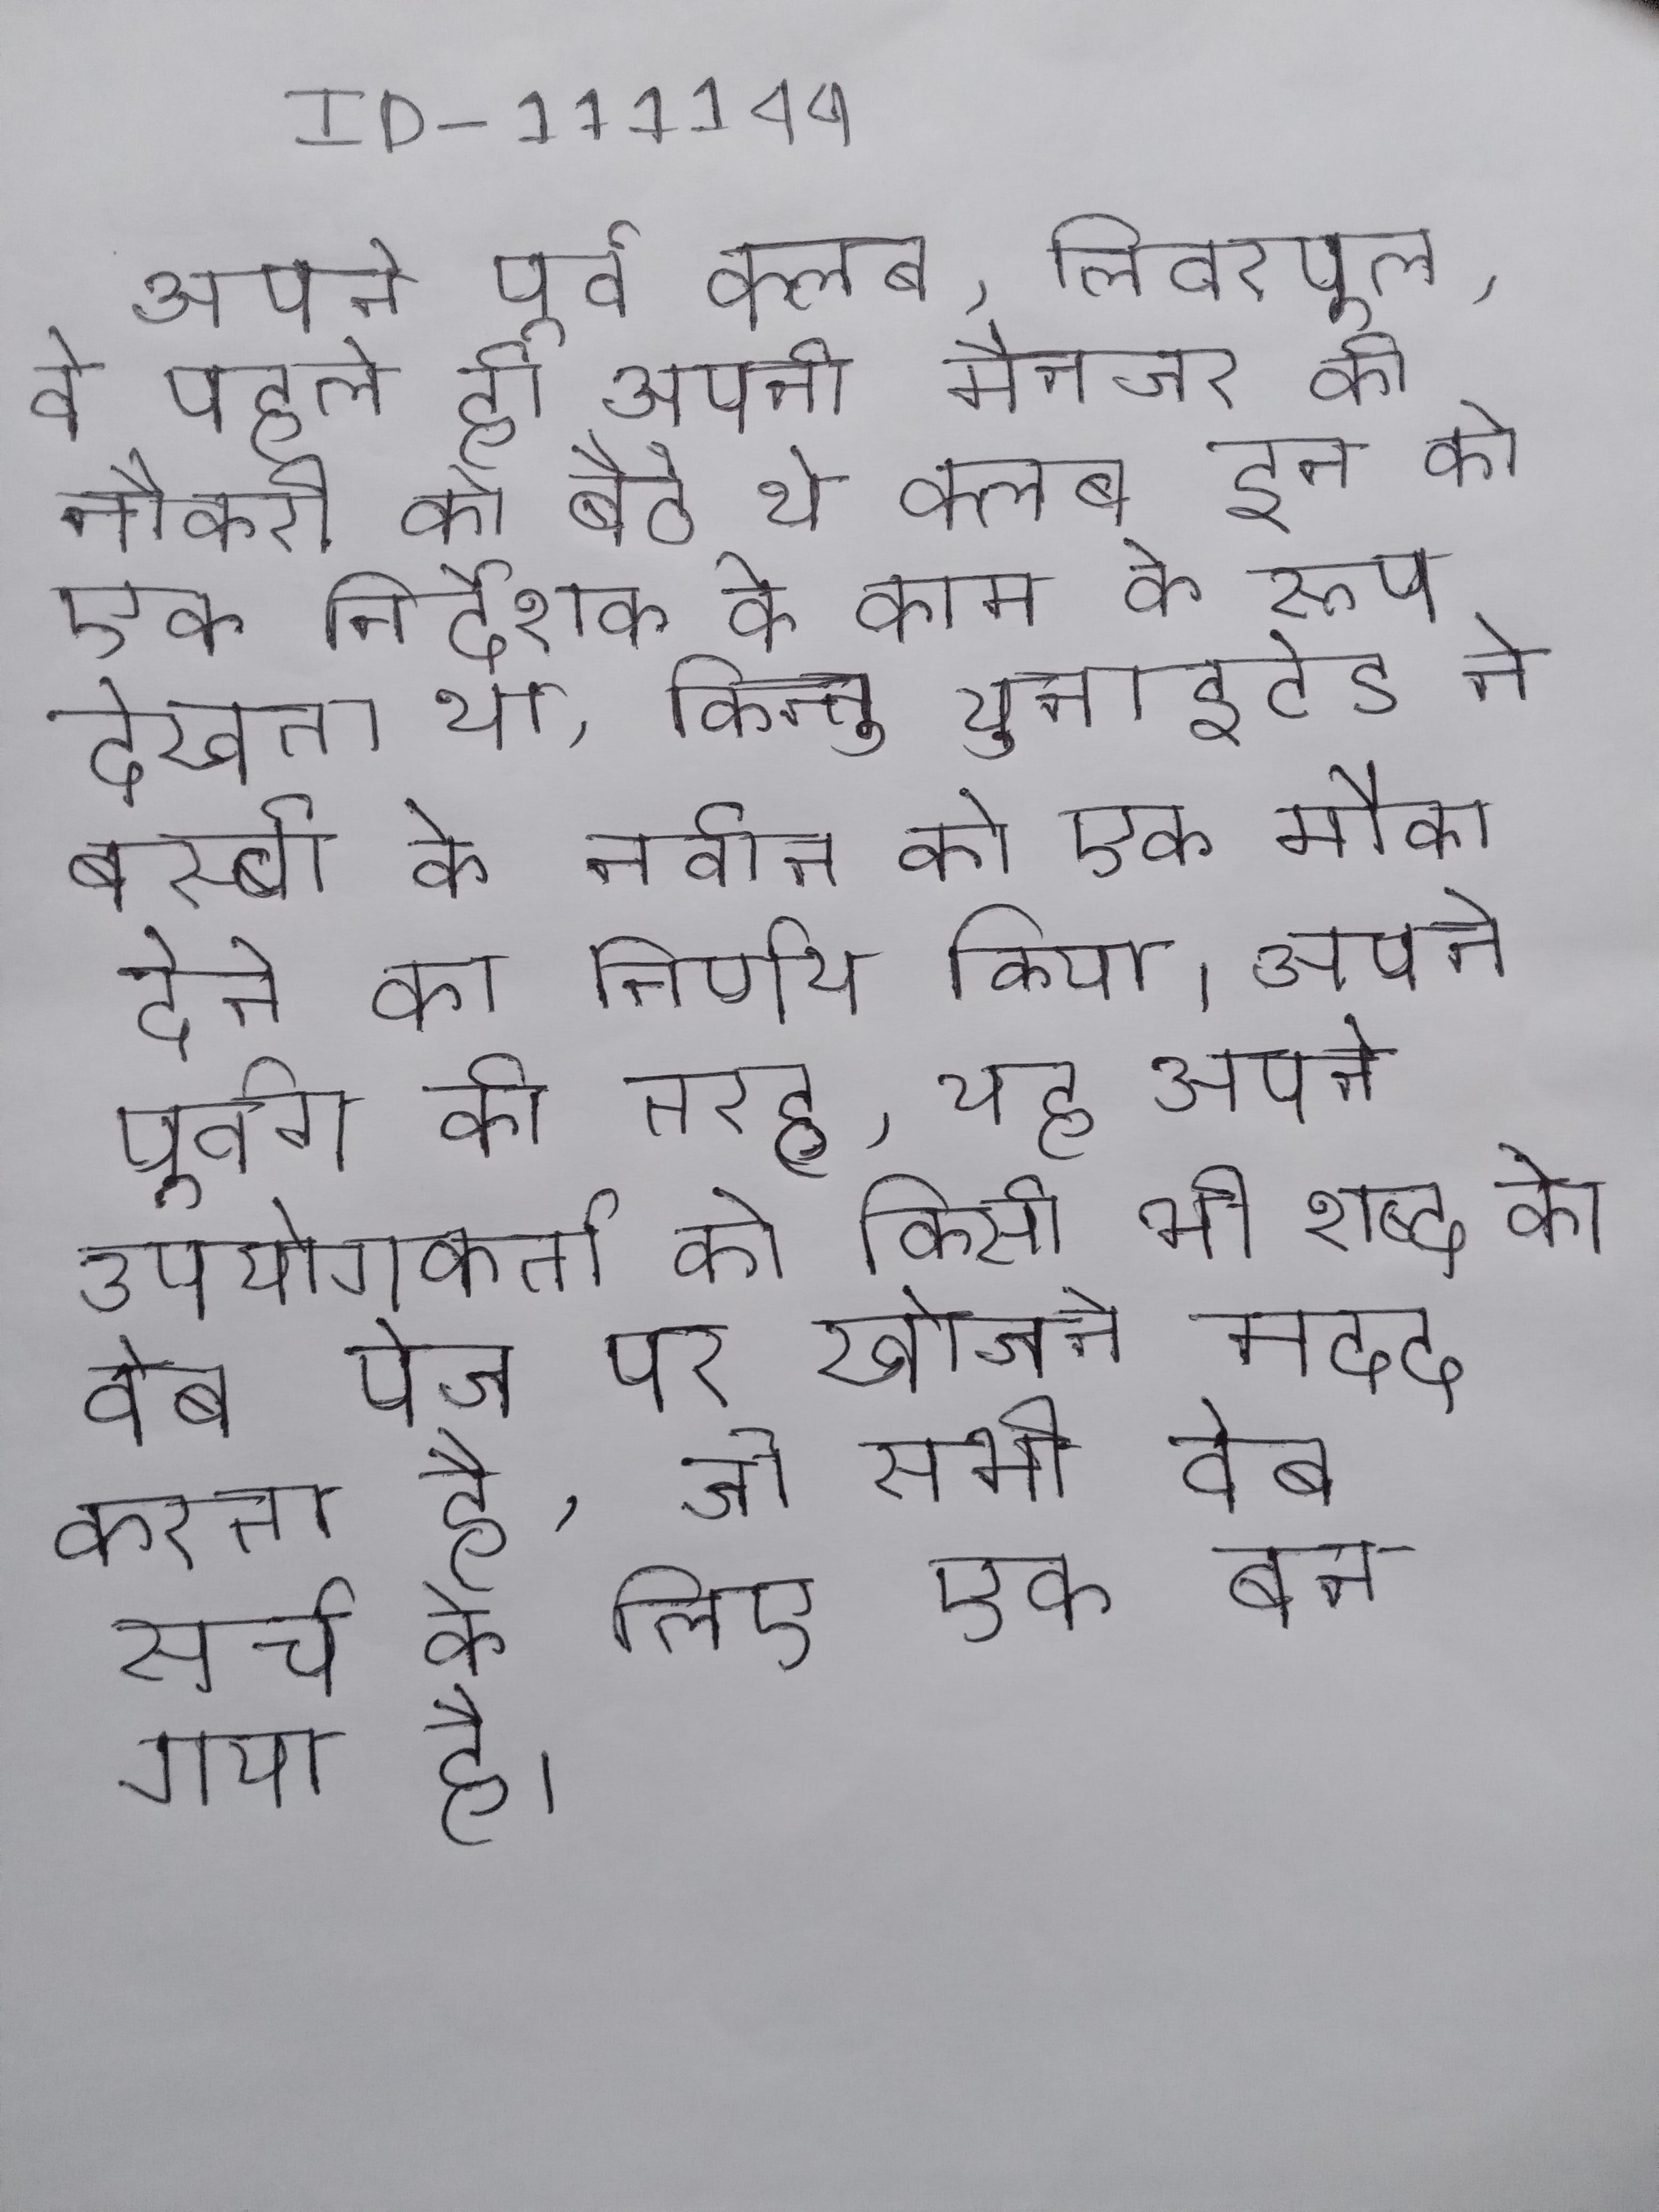
अपने पूर्व क्लब, लिवरपूल, वे पहले ही अपनी मैनजर की नौकरी को बैठे थे क्लब इन को एक निर्देशक के काम के रूप देखता था, किन्तु युनाइटेड ने बस्बी के नवीन को एक मौका देने का निर्णय किया । अपने पूर्वग की तरह, यह अपने उपयोगकर्ता को किसी भी शब्द को वेब पेज पर खोजने मदद करता है, जो सभी वेब सर्च के लिए एक बन गया है ।